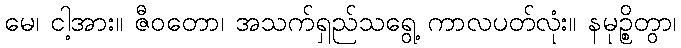
မေ၊ ငါ့အား။ ဇီဝတော၊ အသက်ရှည်သရွေ့ ကာလပတ်လုံး။ နမုဉ္စိတွာ၊